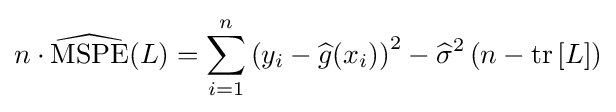
n\cdot \operatorname {\widehat {MSPE}} (L)=\sum _{i=1}^{n}\left(y_{i}-{\widehat {g}}(x_{i})\right)^{2}-{\widehat {\sigma }}^{2}\left(n-\operatorname {tr} \left[L\right]\right)